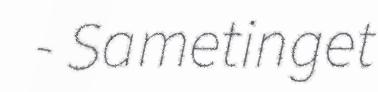
- Sametinget